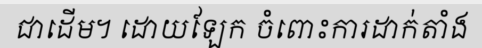
ជាដើម។ ដោយឡែក ចំពោះការដាក់តាំង